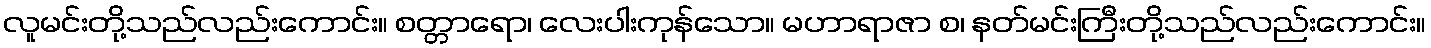
လူမင်းတို့သည်လည်းကောင်း။ စတ္တာရော၊ လေးပါးကုန်သော။ မဟာရာဇာ စ၊ နတ်မင်းကြီးတို့သည်လည်းကောင်း။